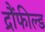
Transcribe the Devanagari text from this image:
द्रौंफील्ड